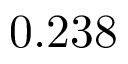
0 . 2 3 8